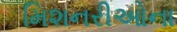
મિશનરીઓના